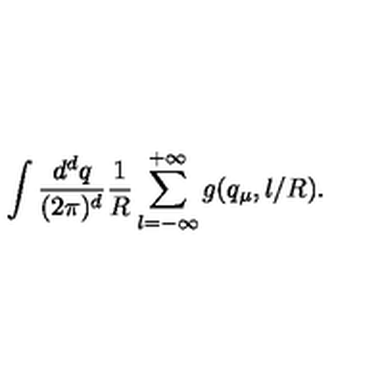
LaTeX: \int \frac { d ^ { d } q } { { ( 2 \pi ) ^ { d } } } \frac { 1 } { R } \sum _ { l = - \infty } ^ { + \infty } g ( q _ { \mu } , l / R ) .